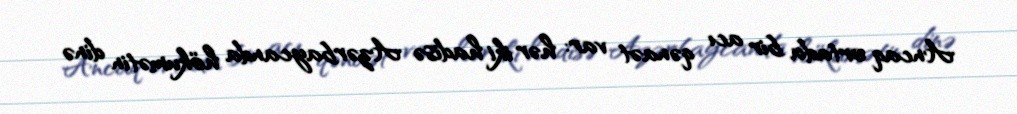
Ancaq ortada bir acı qənaət var: hər iki hadisə Azərbaycanda hökumətin dinə